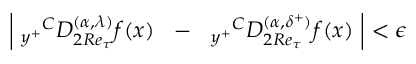
\left| ~ _ { y ^ { + } } { } ^ { C } D _ { 2 R e _ { \tau } } ^ { ( \alpha , { \lambda } ) } f ( x ) ~ ~ - ~ ~ { } _ { y ^ { + } } { } ^ { C } D _ { 2 R e _ { \tau } } ^ { ( \alpha , { \delta ^ { + } } ) } f ( x ) ~ \right| < \epsilon